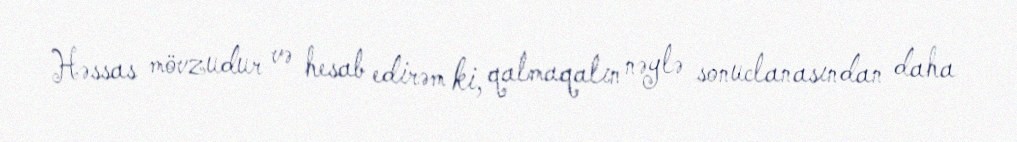
Həssas mövzudur və hesab edirəm ki, qalmaqalın nəylə sonuclanasından daha